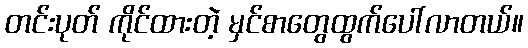
တင်းပုတ် ကိုင်ထားတဲ့ မှင်စာတွေထွက်ပေါ်လာတယ်။